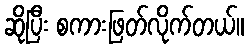
ဆိုပြီး စကားဖြတ်လိုက်တယ်။